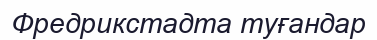
Фредрикстадта туғандар